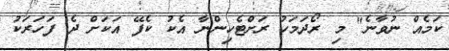
ކަމެއް ނުވާނެ" މި ރޯދަމަހު ރަށްޓެހިންނާ އެކު ކެފޭ އަކަށް ދެ ފަހަރަކު